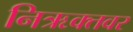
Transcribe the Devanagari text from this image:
निऋक्तवर